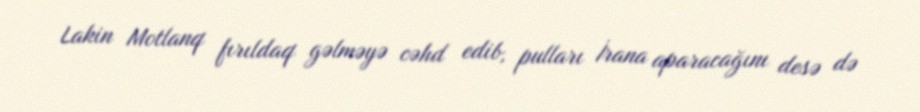
Lakin Motlanq fırıldaq gəlməyə cəhd edib, pulları İrana aparacağını desə də